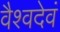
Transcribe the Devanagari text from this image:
वैश्वदेवं